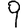
Digit: 9